Burma Government Medical School reports 1923-41
Year: 1923
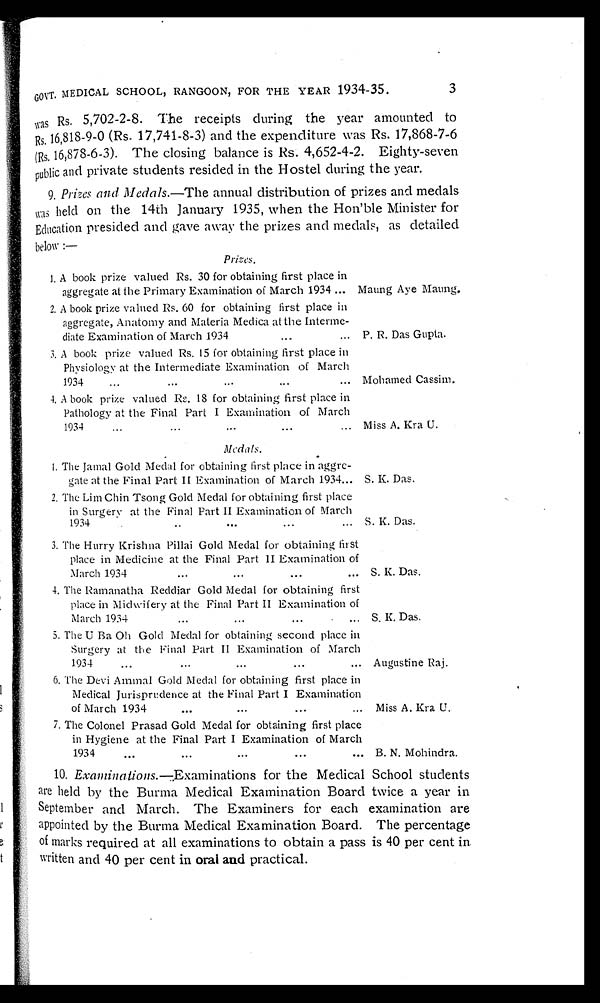
G O V T . M E D I C A L S C H O O L , R A N G O O N , F O R T H E Y E A R 1 9 3 4 - 3 5 . 3
was Rs. 5,702-2-8. The receipts during the year amounted to
Rs. 16,818-9-0 (Rs. 17,741-8-3) and the expenditure was Rs. 17,868-7-6
(Rs. 16,878-6-3). The closing balance is Rs. 4,652-4-2. Eighty-seven
public and private students resided in the Hostel during the year.
9. Prizes and Medals.—The annual distribution of prizes and medals
was held on the 14th January 1935, when the Hon'ble Minister for
Education presided and gave away the prizes and medals, as detailed
below:—
Prizes.
1. A book prize valued Rs. 30 for obtaining first place in
aggregate at the Primary Examination of March 1934 . . . Maung Aye Maung.
2. A book prize valued Rs. 60 for obtaining first place in
aggregate, Anatomy and Materia Medica at the Interme -
diate Examination of March 1934 . . . P. R. Das Gupta.
3. A book prize valued Rs. 15 for obtaining first place in
Physiology at the Intermediate Examination of March
1934 . . . Mohamed Cassim.
4. A book prize valued Rs. 18 for obtaining first place in
Pathology at the Final Part I Examination of March
1934 . . . Miss A. Kra U.
Medals.
1 . T h e J a m a l G o l d M e d a l f o r o b t a i n i n g f i r s t p l a c e i n a g g r e-
gate at the Final Part II Examination of March 1934 . . . S. K. Das.
2. The Lim Chin Tsong Gold Medal for obtaining first place
in Surgery at the Final Part II Examination of March
1934. . .
S. K. Das.
3. The Hurry Krishna Pillai Gold Medal for obtaining first
place in Medicine at the Final Part II Examination of
March 1934. . . S. K. Das.
4. The Ramanatha Reddiar Gold Medal for obtaining first
place in Midwifery at the Final Part II Examination of
March 1934 . . .
S K. Das.
5. The U Ba Oh Gold Medal for obtaining second place in
Surgery at the Final Part II Examination of March
1934. . .
Augustine Raj.
6. The Devi Ammal Gold Medal for obtaining first place in
Medical Jurisprudence at the Final Part I Examination
of March 1934 . . . Miss A. Kra U.
7. The Colonel Prasad Gold Medal for obtaining first place
in Hygiene at the Final Part I Examination of March
1934 . . .
B. N. Mohindra.
10. Examinations .—Examinations for the Medical School students
are held by the Burma Medical Examination Board twice a year in
September and March. The Examiners for each examination are
appointed by the Burma Medical Examination Board. The percentage
of marks required at all examinations to obtain a pass is 40 per cent in
written and 40 per cent in oral and practical.